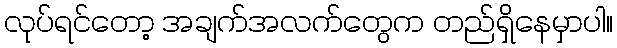
လုပ်ရင်တော့ အချက်အလက်တွေက တည်ရှိနေမှာပါ။